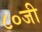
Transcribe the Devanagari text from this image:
८०जी